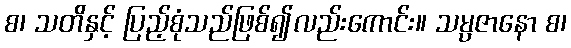
စ၊ သတိနှင့် ပြည့်စုံသည်ဖြစ်၍လည်းကောင်း။ သမ္ပဇာနော စ၊